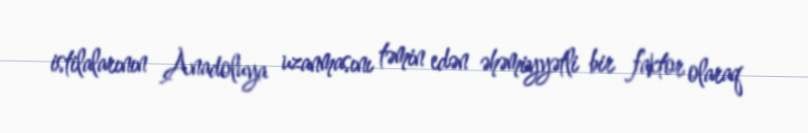
istilalarının Anadoluya uzanmasını təmin edən əhəmiyyətli bir faktor olaraq